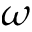
\omega